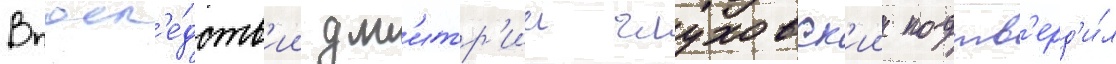
Впосл'е́дств'ии дм'итр'ии глуховск'ии подтв'ерд'и́л